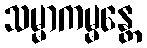
သမ္မာကမ္မန္တေ